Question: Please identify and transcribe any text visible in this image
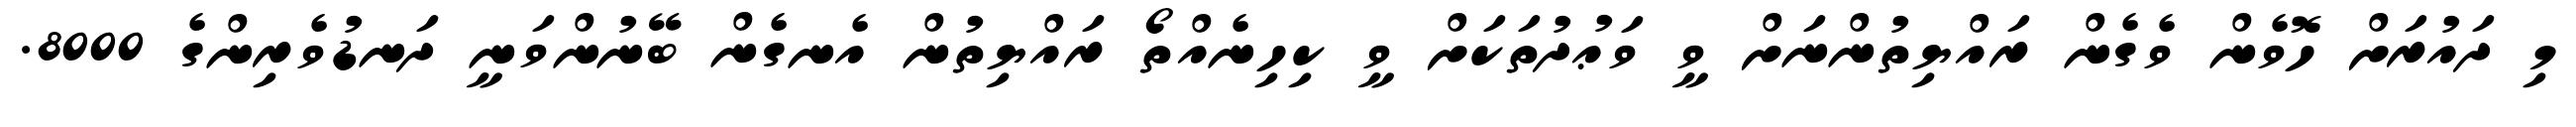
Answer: މި ދައުރަށް ހޮވެން ވެގެން ރައްޔިތުންނަށް ވީ ވަޢުދުތަކަށް ވީ ކިހިނެއްތޯ ރައްޔިތުން އެނގެން ބޭނުންވަނީ ދަނޑުވެރިންގެ 8000.